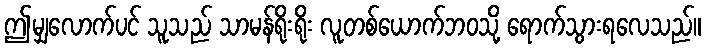
ဤမျှလောက်ပင် သူသည် သာမန်ရိုးရိုး လူတစ်ယောက်ဘဝသို့ ရောက်သွားရလေသည်။